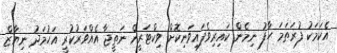
އެކަމަކު ފުރަތަމަ ހާފު ނިމެން ކައިރިވެފައިވަނިކޮށް ވިކްޓަރީން ނަތީޖާ އެއްވަރުކުރީ އަހުމަދު ނިޔާޒް